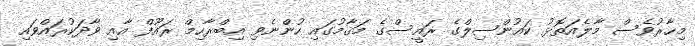
މިހާރުވެސް މާލެއަތޮޅު ކައުންސިލްގެ ރައީސްގެ މަޤާމުގައި ހުންނެވި އިބްރާހިމް ރައޫފް އާއި ވާދަކުރައްވައި